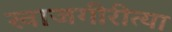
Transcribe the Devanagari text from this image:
खाजगीरीत्या